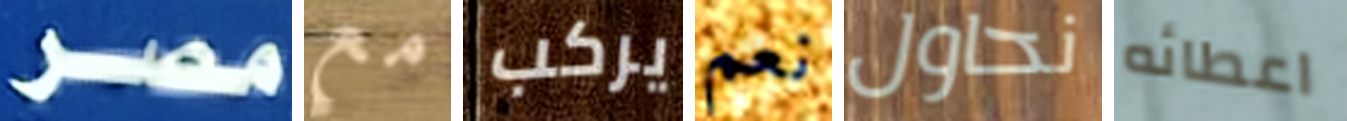
مصر مع يركب نعم نحاول اعطائه